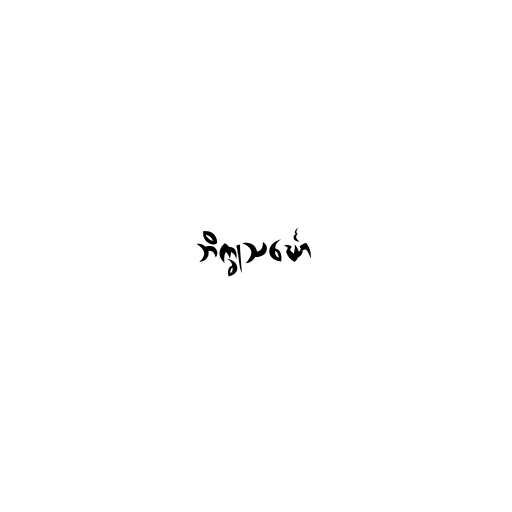
ဘိက္ခုသင်္ဃော